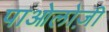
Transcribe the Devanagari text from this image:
पाओलोज़ी